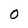
Character: 0